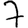
Digit: 7